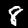
Digit: 8